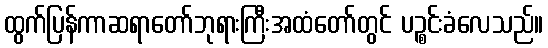
ထွက်ပြန်ကာဆရာတော်ဘုရားကြီးအထံတော်တွင် ပဉ္စင်းခံလေသည်။